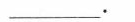
___.